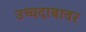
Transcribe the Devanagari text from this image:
उच्चदाबावर